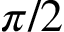
\pi / 2